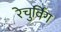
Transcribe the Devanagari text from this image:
रेचुर्विंग